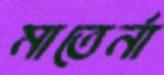
মাতের্না